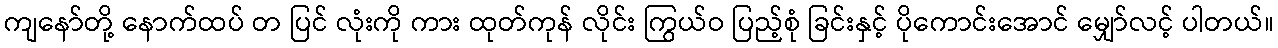
ကျနော်တို့ နောက်ထပ် တ ပြင် လုံးကို ကား ထုတ်ကုန် လိုင်း ကြွယ်ဝ ပြည့်စုံ ခြင်းနှင့် ပိုကောင်းအောင် မျှော်လင့် ပါတယ်။